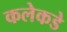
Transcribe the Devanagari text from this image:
कलेकडे